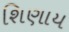
શિણાય